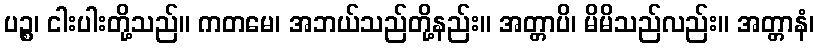
ပဉ္စ၊ ငါးပါးတို့သည်။ ကတမေ၊ အဘယ်သည်တို့နည်း။ အတ္တာပိ၊ မိမိသည်လည်း။ အတ္တာနံ၊